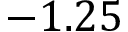
- 1 . 2 5